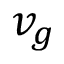
v _ { g }